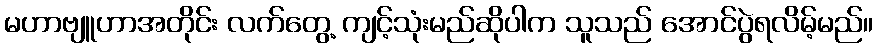
မဟာဗျူဟာအတိုင်း လက်တွေ့ ကျင့်သုံးမည်ဆိုပါက သူသည် အောင်ပွဲရလိမ့်မည်။